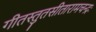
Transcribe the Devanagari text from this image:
गीतस्तुतसीतारामचन्द्रः